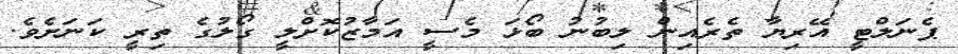
ޕެނަލްޓީ އޭރިޔާ ތެރެއިން ލިބުނު ބޯޅަ މެސީ އަމާޒުކޮށްލީ ގޯލުގެ ތިރީ ކަނަށެވެ.